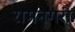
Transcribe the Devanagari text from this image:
रामनगरी